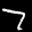
Label: 7